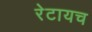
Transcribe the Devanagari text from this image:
रेटायच